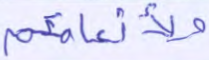
ولأنعامكم